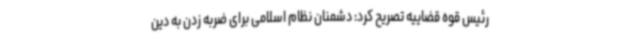
رئیس قوه قضاییه تصریح کرد: دشمنان نظام اسلامی برای ضربه زدن به دین